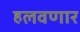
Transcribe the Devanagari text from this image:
हलवणार